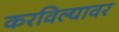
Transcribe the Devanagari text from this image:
करविल्यावर